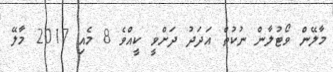
މާލޭން ވޯޓުލާން ނުކުތް އަދަދު ދަށްވީ ކީއްވެ 8 މެއި 2017 މާލޭ